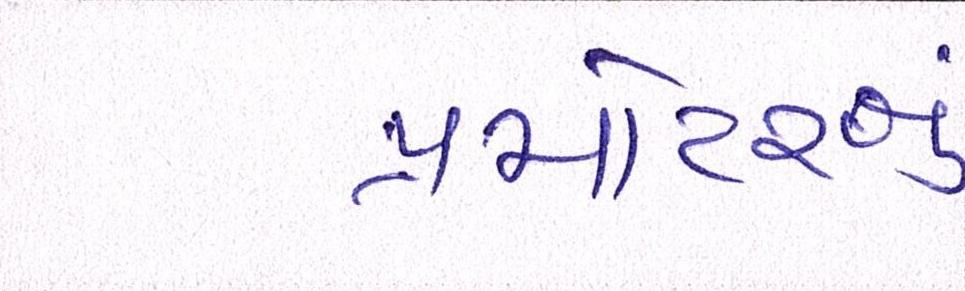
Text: પ્રમોટરનું